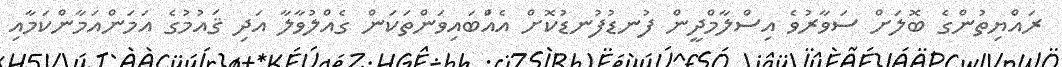
ރައްޔިތުންގެ ބޮލަށް ސަވާރުވެ އިސްލާމްދީން ފުނޑުފުނޑުކޮށް އެއްްަބައިވަންތަކަން ގެއްލުވާލާ އަދި ޤައުމުގެ އަމަންއަމާންކަމާއި